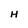
Character: H